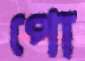
পো